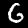
Digit: 6